Madras plague regulations and rules - Volume 2
Disease focus: Plague
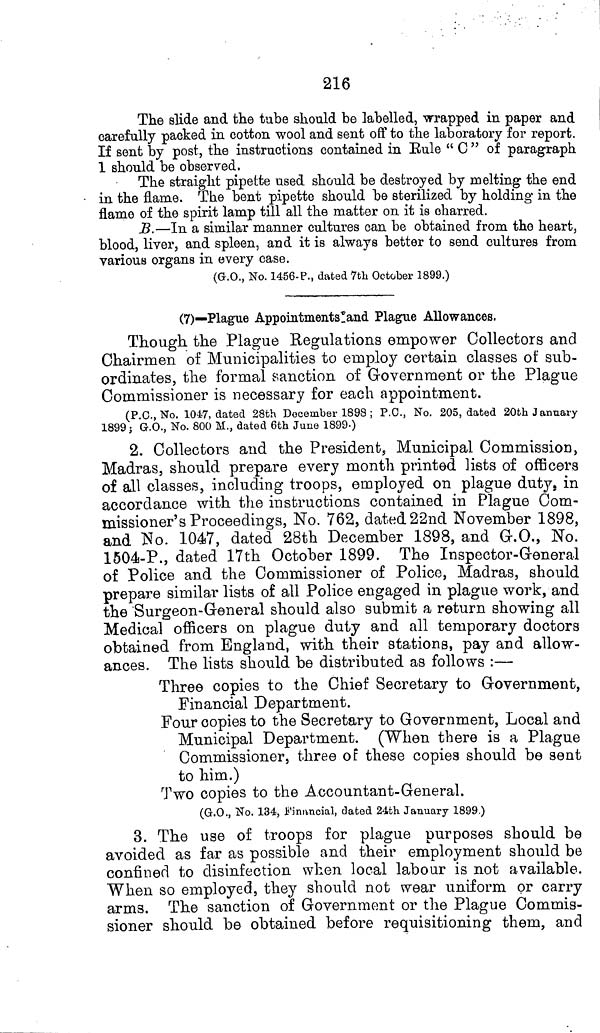
216
The slide and the tube should be labelled, wrapped in paper and
carefully packed in cotton wool and sent off to the laboratory for report.
If sent by post, the instructions contained in Rule " C " of paragraph
1 should be observed.
The straight pipette used should be destroyed by melting the end
in the flame. The bent pipette should be sterilized by holding in the
flame of the spirit lamp till all the matter on it is charred.
B.—In a similar manner cultures can be obtained from the heart,
blood, liver, and spleen, and it is always better to send cultures from
various organs in every case.
(G.O., No. 1456-P., dated 7th October 1899.)
(7)—Plague Appointments!and Plague Allowances.
Though, the Plague Regulations empower Collectors and
Chairmen of Municipalities to employ certain classes of sub-
ordinates, the formal sanction of Government or the Plague
Commissioner is necessary for each appointment.
(P.C., No. 1047, dated 28th December 1898 ; P.C., No. 205, dated 20th January
1899 ; G.O., No. 800 M., dated 6th June 1899.)
2. Collectors and the President, Municipal Commission,
Madras, should prepare every month printed lists of officers
of all classes, including troops, employed on plague duty, in
accordance with, the instructions contained in Plague Com-
missioner's Proceedings, No. 762, dated 22nd November 1898,
and No. 1047, dated 28th December 1898, and G.O., No.
1504-P., dated 17th October 1899. The Inspector-Greneral
of Police and the Commissioner of Police, Madras, should
prepare similar lists of all Police engaged in plague work, and
the Surgeon-Greneral should also submit a return showing all
Medical officers on plague duty and all temporary doctors
obtained from England, with their stations, pay and allow-
ances. The lists should be distributed as follows :—
Three copies to the Chief Secretary to Grovernment,
Financial Department.
Four copies to the Secretary to Government, Local and
Municipal Department. (When there is a Plague
Commissioner, three of these copies should be sent
to him.)
Two copies to the Accountant-General.
(G.O., No. 134, Financial, dated 24th January 1899.)
3. The use of troops for plague purposes should be
avoided as far as possible and their employment should be
confined to disinfection when local labour is not available.
When so employed, they should not wear uniform or carry
arms. The sanction of Government or the Plague Commis-
sioner should be obtained before requisitioning them, and